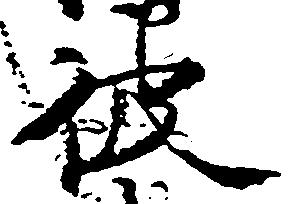
彼